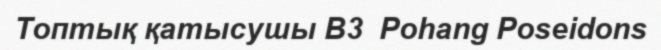
Топтық қатысушы B3  Pohang Poseidons